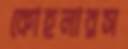
কোহলারস